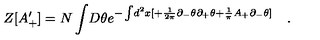
Z [ A _ { + } ^ { \prime } ] = N \int \! D \theta e ^ { - \int \! d ^ { 2 } x [ + \frac { 1 } { 2 \pi } \partial _ { - } \theta \partial _ { + } \theta + \frac { 1 } { \pi } A _ { + } \partial _ { - } \theta ] } \quad .